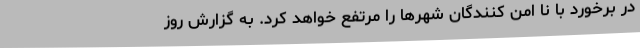
در برخورد با نا امن کنندگان شهرها را مرتفع خواهد کرد. به ‌گزارش روز